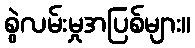
စွဲလမ်းမှုအပြစ်များ။